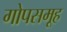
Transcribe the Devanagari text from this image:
गोपसमूह